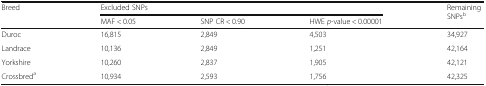
<table><thead><tr><td rowspan="2"><b>Breed</b></td><td colspan="3"><b>Excluded SNPs</b></td><td rowspan="2"><b>Remaining SNPs<sup>b</sup></b></td></tr><tr><td><b>MAF &lt; 0.05</b></td><td><b>SNP CR &lt; 0.90</b></td><td><b>HWE <i>p</i>-value &lt; 0.00001</b></td></tr></thead><tbody><tr><td>Duroc</td><td>16,815</td><td>2,849</td><td>4,503</td><td>34,927</td></tr><tr><td>Landrace</td><td>10,136</td><td>2,849</td><td>1,251</td><td>42,164</td></tr><tr><td>Yorkshire</td><td>10,260</td><td>2,837</td><td>1,905</td><td>42,121</td></tr><tr><td>Crossbred<sup>a</sup></td><td>10,934</td><td>2,593</td><td>1,756</td><td>42,325</td></tr></tbody></table>